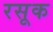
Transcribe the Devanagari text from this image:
रसूक